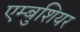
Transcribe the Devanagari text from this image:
एम्बुशियर